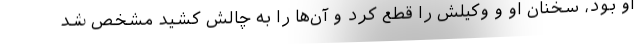
او بود، سخنان او و وکیلش را قطع کرد و آن‌ها را به چالش کشید مشخص شد